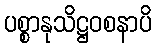
ပစ္စာနုသိဋ္ဌဝစနာပိ